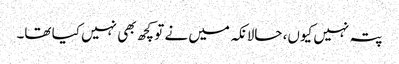
پتہ نہیں کیوں، حالانکہ میں نے تو کچھ بھی نہیں کیا تھا۔